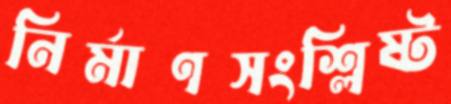
নির্মাণসংশ্লিষ্ট